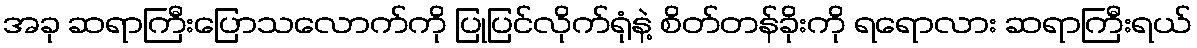
အခု ဆရာကြီးပြောသလောက်ကို ပြုပြင်လိုက်ရုံနဲ့ စိတ်တန်ခိုးကို ရရောလား ဆရာကြီးရယ်